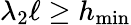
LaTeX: \lambda_{2}\ell\ge h_{\operatorname*{min}}